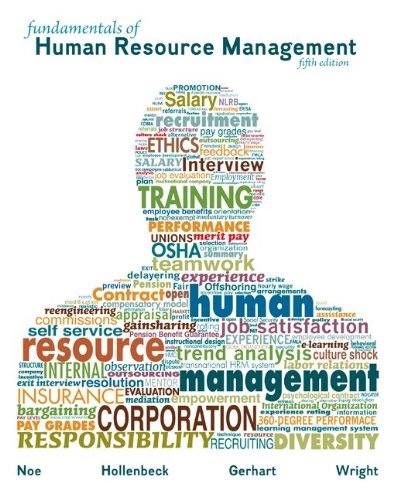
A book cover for Fundamentals of Human Resource Management; Raymond Noe; Business & Money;